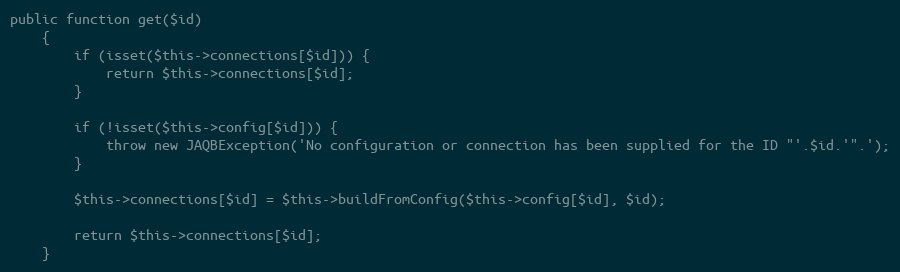
Language: PHP
public function get($id)
    {
        if (isset($this->connections[$id])) {
            return $this->connections[$id];
        }

        if (!isset($this->config[$id])) {
            throw new JAQBException('No configuration or connection has been supplied for the ID "'.$id.'".');
        }

        $this->connections[$id] = $this->buildFromConfig($this->config[$id], $id);

        return $this->connections[$id];
    }